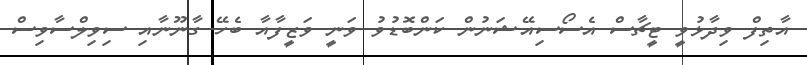
އާތިފް ވިދާޅުވީ ޓީޗާސް އެސޯސިއޭޝަނުން ކަންބޮޑުވު ވަނީ ވަޒީފާއާ ބެހޭ ގާނޫނާއި ސިވިލްސާވިސް